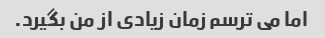
اما می ترسم زمان زیادی از من بگیرد.